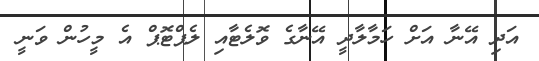
އަދި އޭނާ އަށް ހަމާލާދީ އޭނާގެ ވޮލެޓާއި ލެޕްޓޮޕް އެ މީހުން ވަނީ